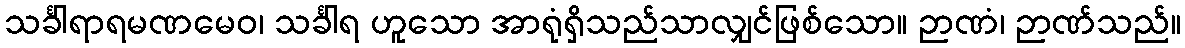
သင်္ခါရာရမဏမေဝ၊ သင်္ခါရ ဟူသော အာရုံရှိသည်သာလျှင်ဖြစ်သော။ ဉာဏံ၊ ဉာဏ်သည်။